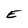
Character: E